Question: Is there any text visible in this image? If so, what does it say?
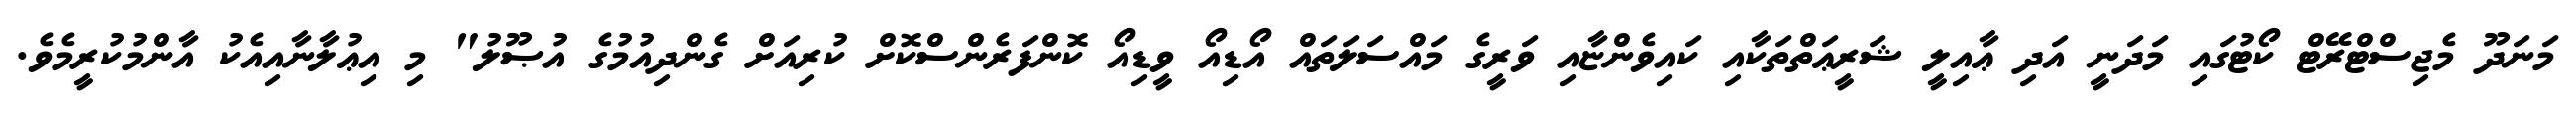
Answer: މަނަދޫ މެޖިސްޓްރޭޓް ކޯޓުގައި މަދަނީ އަދި ޢާއިލީ ޝަރީޢަތްތަކާއި ކައިވެންޏާއި ވަރީގެ މައްސަލަތައް އޯޑިއޯ ވީޑިއޯ ކޮންފަރެންސްކޮށް ކުރިއަށް ގެންދިއުމުގެ އުޞޫލު" މި އިޢުލާނާއިއެކު އާންމުކުރީމެވެ.